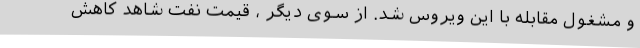
و مشغول مقابله با این ویروس شد. از سوی دیگر ، قیمت نفت شاهد کاهش